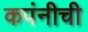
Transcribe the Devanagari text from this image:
कपंनीची